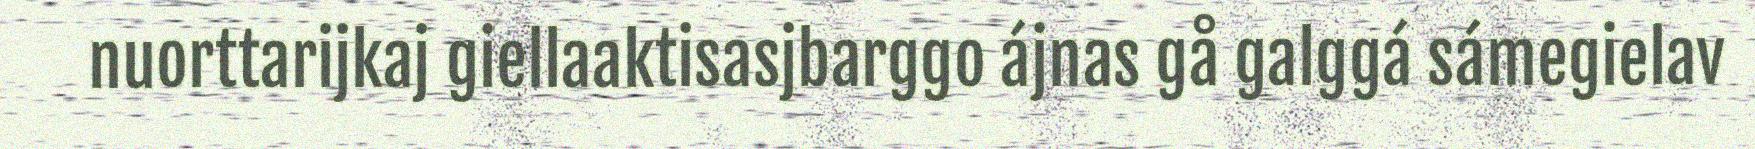
nuorttarijkaj giellaaktisasjbarggo ájnas gå galggá sámegielav